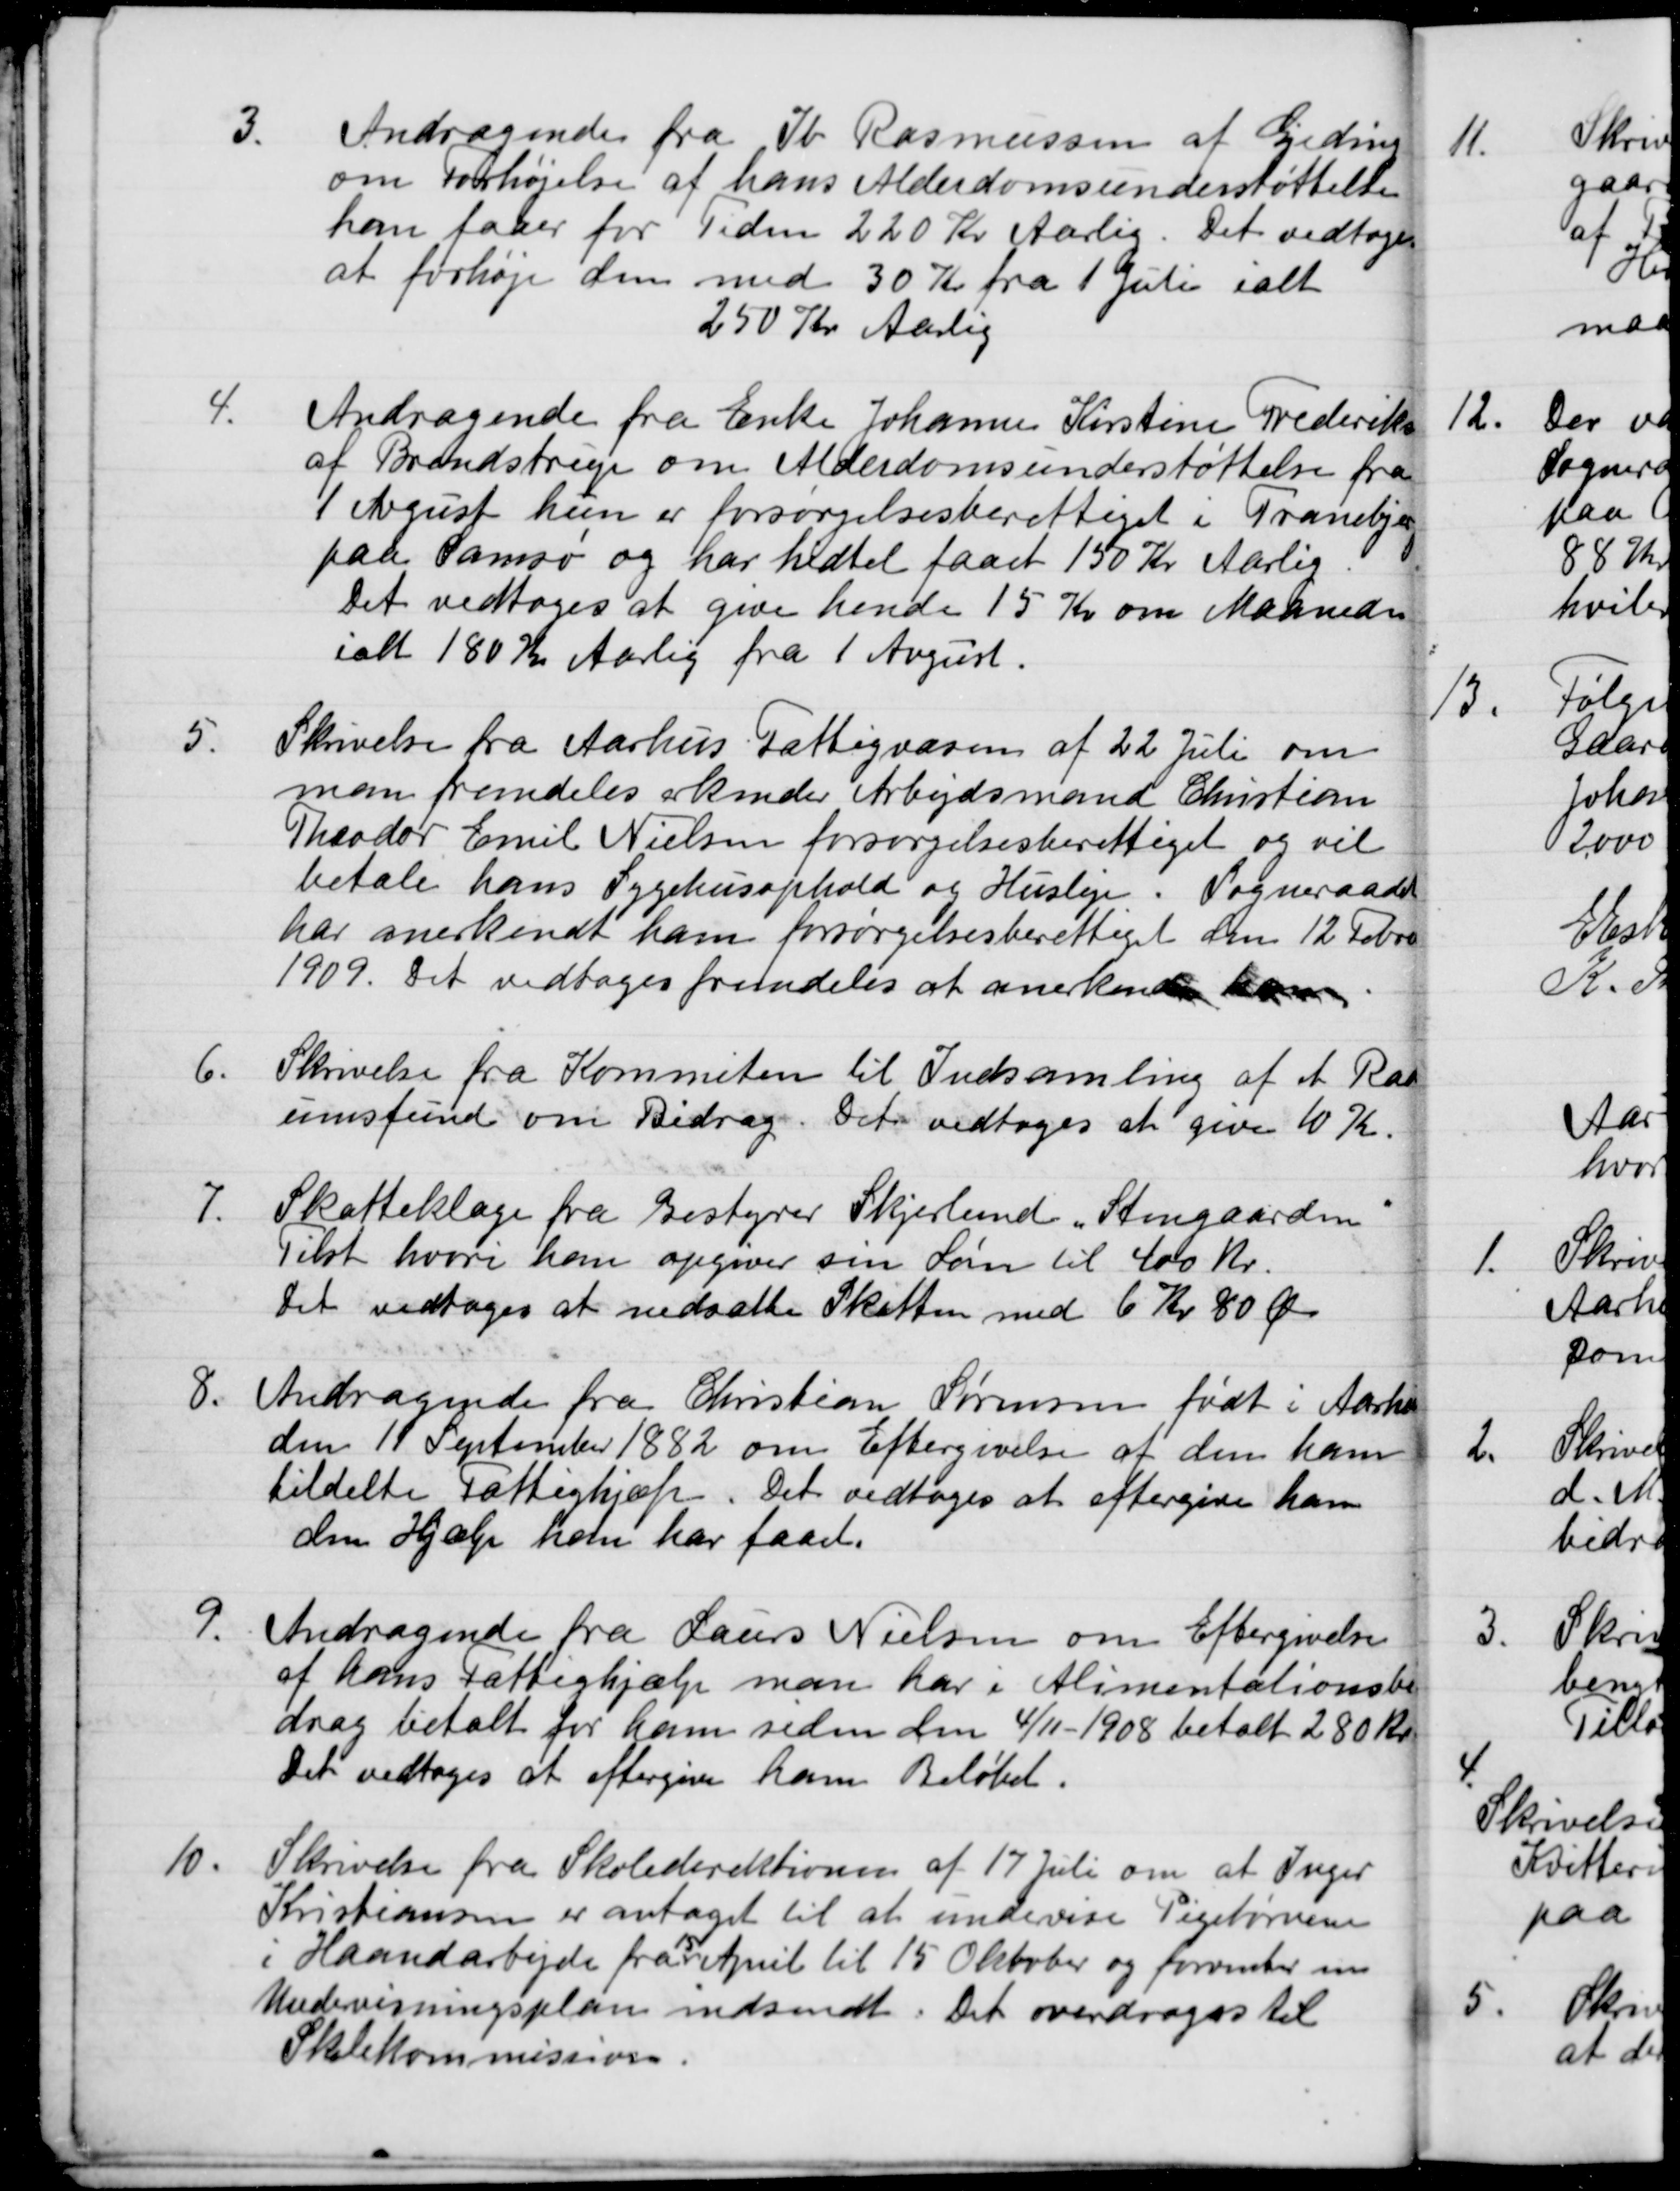
Transskription:
3.
Andragende fra Ib Rasmussen af Gjeding
om Forhøjelse af hans Alderdomsunderstøttelse
ham faaer for Tiden 220 Kr Aarlig. Det vedtoges
at forhøje den med 30 Kr fra 1 Juli ialt
250 Kr Aarlig
4.
Andragende fra Enke Johannes Kirstine Frederiksen
af Brendstrup om Alderdomsunderstøttelse fra
1 Avgust hun er forsørgelsesberettiget i Tranebjerg
paa Samsø og har hidtil faaet 150 Kr Aarlig
Det vedtoges at give hende 15 Kr om Maaneden
ialt 180 Kr Aarlig fra 1 August.
5.
Skrivelse fra Aarhus Fattigvæsen af 22 Juli om
man fremdeles erkender Arbejdsmand Christian
Theodor Emil Nielsen forsørgelsesberettiget og vil
betale hans Sygehusophold og Husleje. Sogneraadet
har anerkendt ham forsørgelsesberettiget den 12 Febr
1909. Det vedtages fremdeles at anerkende ham
6.
Skrivelse fra Kommiten til Indsamling af et Radi-
umsfund om Bidrag. Det vedtoges at give 10 Kr.
7.
Skatteklage fra Bestyrer Skjerlund "Stengaarden"
Tilst hvori han opgiver sin Løn til 400 Kr.
Det vedtoges at nedsætte Skatten med 6 Kr 80 Øre
8.
Andragende fra Christian Sørensen født i Aarhus
den 11 September 1882 om Eftergivelse af den ham
tildelte Fattighjælp. Det vedtoges at eftergive ham
den Hjælp han har faaet.
9.
Andragende fra Laurs Nielsen om Eftergivelse
af hans Fattighjælp man har i Alimentationsbi
drag betalt for ham siden den 4/11 -1908 betalt 280 kr.
Det vedtoges at eftergive ham Beløbet.
10.
Skrivelse fra Skoledirektionen af 17 Juli om at Inger
Kristiansen er antaget til at undervise Pigebørnene
i Haandarbejde fra  15 April til 15 Oktober og forventer en
Undervisningsplan indsendt. Det overdroges til
Skolekommission.